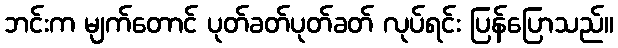
ဘင်းက မျက်တောင် ပုတ်ခတ်ပုတ်ခတ် လုပ်ရင်း ပြန်ပြောသည်။